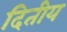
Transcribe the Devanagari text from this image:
दितीय